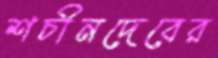
শচীনদেবের